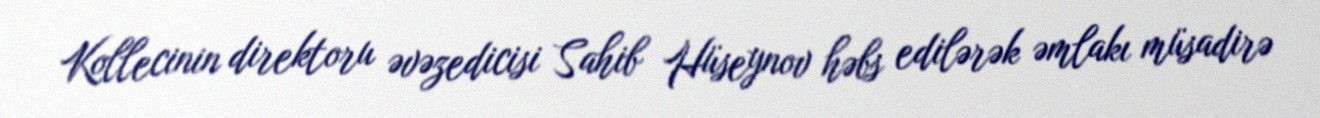
Kollecinin direktoru əvəzedicisi Sahib Hüseynov həbs edilərək əmlakı müsadirə